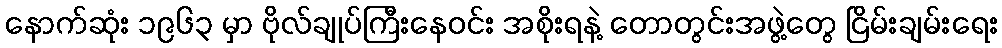
နောက်ဆုံး ၁၉၆၃ မှာ ဗိုလ်ချုပ်ကြီးနေဝင်း အစိုးရနဲ့ တောတွင်းအဖွဲ့တွေ ငြိမ်းချမ်းရေး